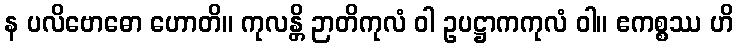
န ပလိဗောဓော ဟောတိ။ ကုလန္တိ ဉာတိကုလံ ဝါ ဥပဋ္ဌာကကုလံ ဝါ။ ဧကစ္စဿ ဟိ